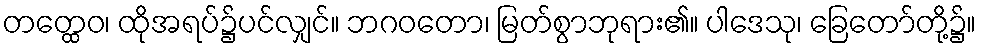
တတ္ထေဝ၊ ထိုအရပ်၌ပင်လျှင်။ ဘဂဝတော၊ မြတ်စွာဘုရား၏။ ပါဒေသု၊ ခြေတော်တို့၌။